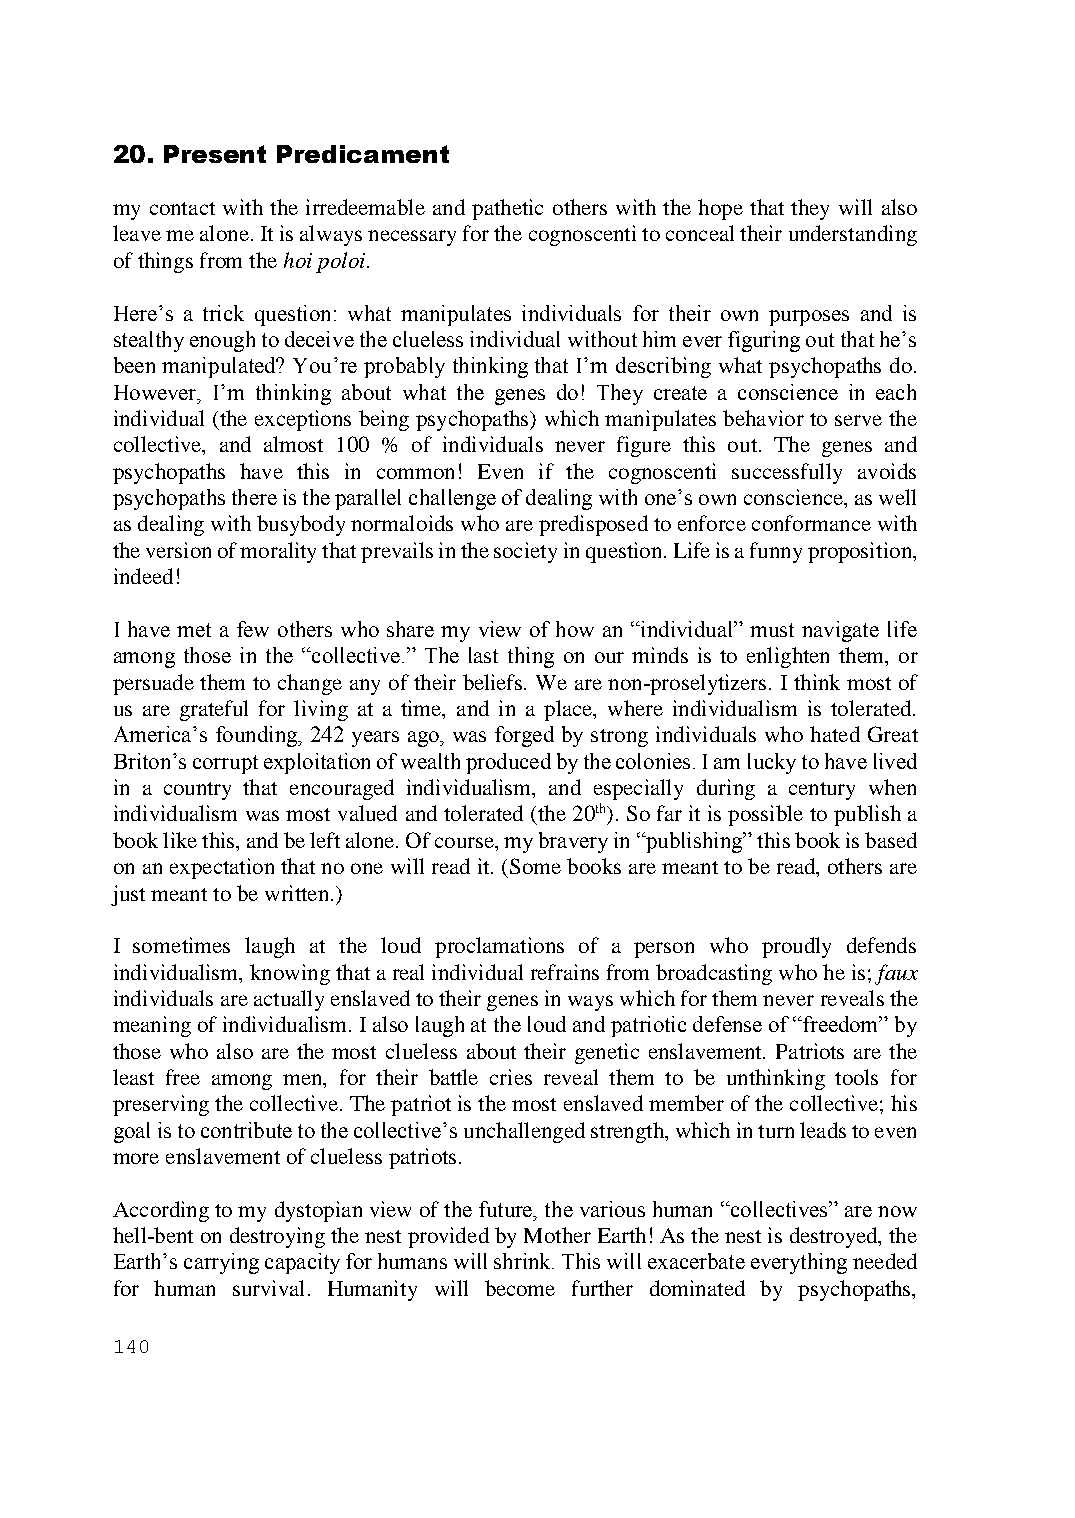
20. Present Predicament
 my contact with the irredeemable and pathetic others with the hope that they will also
 leave me alone. It is always necessary for the cognoscenti to conceal their understanding
 of things from the hoi poloi.
 Here’s a trick question: what manipulates individuals for their own purposes and is
 stealthy enough to deceive the clueless individual without him ever figuring out that he’s
 been manipulated? You’re probably thinking that I’m describing what psychopaths do.
 However, I’m thinking about what the genes do! They create a conscience in each
 individual (the exceptions being psychopaths) which manipulates behavior to serve the
 collective, and almost 100 % of individuals never figure this out. The genes and
 psychopaths have this in common! Even if the cognoscenti successfully avoids
 psychopaths there is the parallel challenge of dealing with one’s own conscience, as well
 as dealing with busybody normaloids who are predisposed to enforce conformance with
 the version of morality that prevails in the society in question. Life is a funny proposition,
 indeed!
 I have met a few others who share my view of how an “individual” must navigate life
 among those in the “collective.” The last thing on our minds is to enlighten them, or
 persuade them to change any of their beliefs. We are non-proselytizers. I think most of
 us are grateful for living at a time, and in a place, where individualism is tolerated.
 America’s founding, 242 years ago, was forged by strong individuals who hated Great
 Briton’s corrupt exploitation of wealth produced by the colonies. I am lucky to have lived
 in a country that encouraged individualism, and especially during a century when
 individualism was most valued and tolerated (the 20th). So far it is possible to publish a
 book like this, and be left alone. Of course, my bravery in “publishing” this book is based
 on an expectation that no one will read it. (Some books are meant to be read, others are
 just meant to be written.)
 I sometimes laugh at the loud proclamations of a person who proudly defends
 individualism, knowing that a real individual refrains from broadcasting who he is; faux
 individuals are actually enslaved to their genes in ways which for them never reveals the
 meaning of individualism. I also laugh at the loud and patriotic defense of “freedom” by
 those who also are the most clueless about their genetic enslavement. Patriots are the
 least free among men, for their battle cries reveal them to be unthinking tools for
 preserving the collective. The patriot is the most enslaved member of the collective; his
 goal is to contribute to the collective’s unchallenged strength, which in turn leads to even
 more enslavement of clueless patriots.
 According to my dystopian view of the future, the various human “collectives” are now
 hell-bent on destroying the nest provided by Mother Earth! As the nest is destroyed, the
 Earth’s carrying capacity for humans will shrink. This will exacerbate everything needed
 for human survival. Humanity will become further dominated by psychopaths,
 140